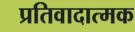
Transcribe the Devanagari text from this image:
प्रतिवादात्मक